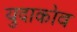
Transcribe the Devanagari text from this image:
युदाकोव